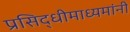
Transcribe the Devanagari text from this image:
प्रसिद्धीमाध्यमांनी